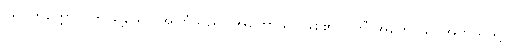
ပရိဝိတက္ကော)၊ ဤသို့သော အကြံသည်။ အဟောသိ၊ ဖြစ်၏။ (ကိံ အဟောသိ၊ အဘယ်သို့